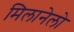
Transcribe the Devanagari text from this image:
मिलानेलो